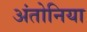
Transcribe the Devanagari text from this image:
अंतोनिया